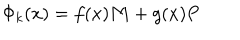
LaTeX: \Phi _ { k } ( x ) = f ( x ) { \bf M } + g ( x ) { \bf P }